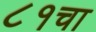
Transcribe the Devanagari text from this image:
८१चा